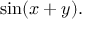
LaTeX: \sin ( x + y ) .